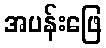
အပန်းဖြေ